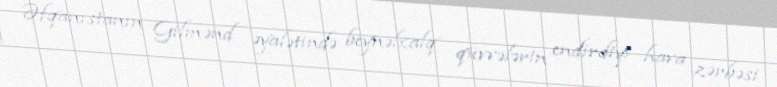
Əfqanıstanın Gilmənd əyalətində beynəlxalq qüvvələrin endirdiyi hava zərbəsi